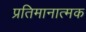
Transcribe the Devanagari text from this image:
प्रतिमानात्मक